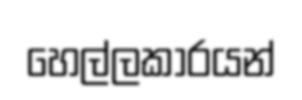
හෙල්ලකාරයන්